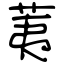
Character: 荑